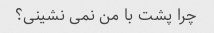
چرا پشت با من نمی نشینی؟